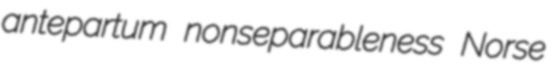
antepartum nonseparableness Norse